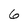
Character: 6